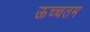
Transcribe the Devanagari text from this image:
ऊच्चतम